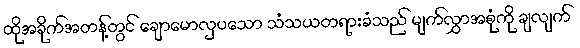
ထိုအခိုက်အတန့်တွင် ချောမောလှပသော သံသယတရားခံသည် မျက်လွှာအစုံကို ချလျက်